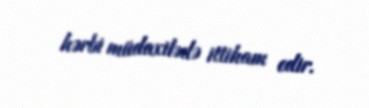
hərbi müdaxilədə ittiham edir.